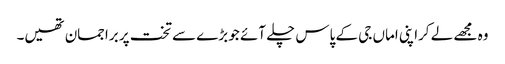
وہ مجھے لے کراپنی اماں جی کے پاس چلے آئے جو بڑے سے تخت پر براجمان تھیں۔